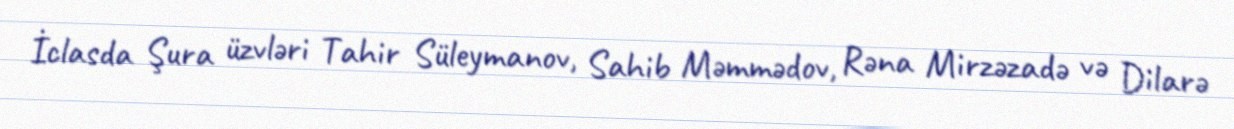
İclasda Şura üzvləri Tahir Süleymanov, Sahib Məmmədov, Rəna Mirzəzadə və Dilarə